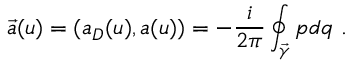
\vec { a } ( u ) = ( a _ { D } ( u ) , a ( u ) ) = - { \frac { i } { 2 \pi } } \oint _ { \vec { \gamma } } p d q \ .